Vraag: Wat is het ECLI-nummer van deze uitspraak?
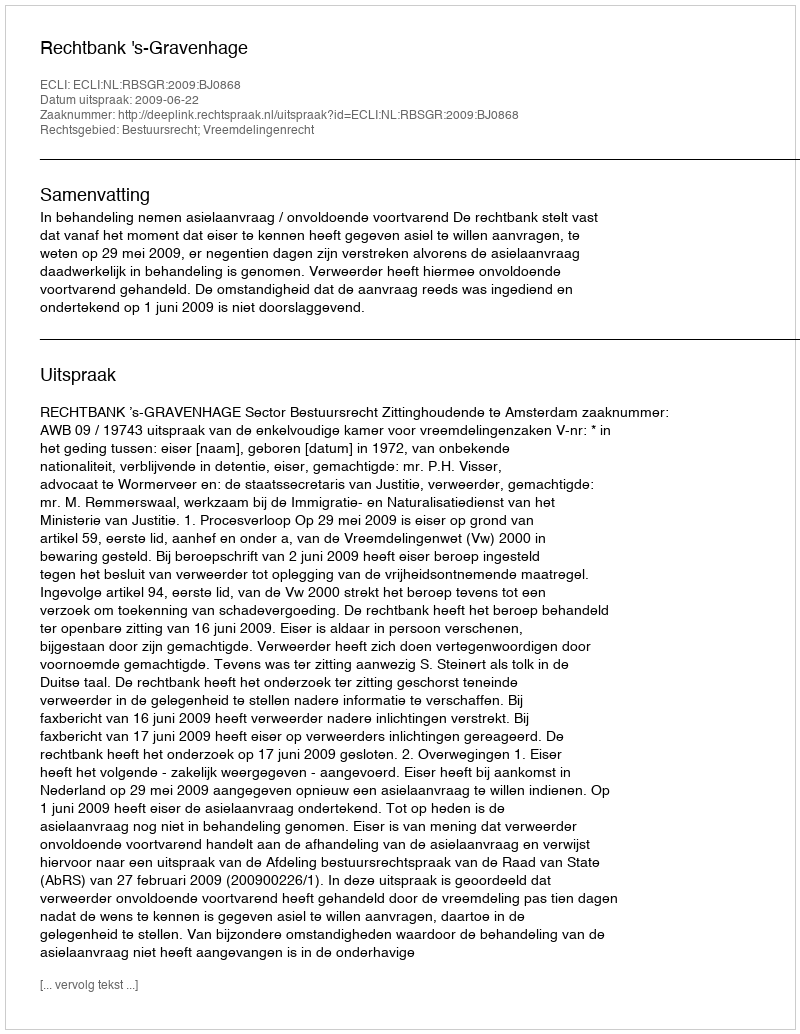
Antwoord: ECLI:NL:RBSGR:2009:BJ0868